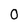
Character: 0